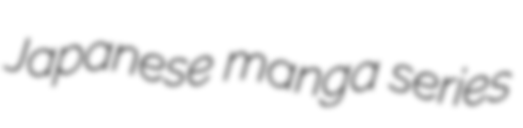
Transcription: Japanese manga series